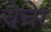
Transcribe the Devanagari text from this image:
चेचेर